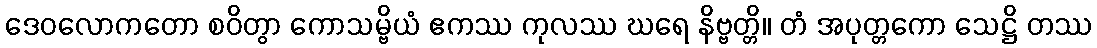
ဒေဝလောကတော စဝိတွာ ကောသမ္ဗိယံ ဧကဿ ကုလဿ ဃရေ နိဗ္ဗတ္တိ။ တံ အပုတ္တကော သေဋ္ဌိ တဿ